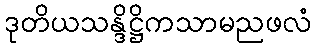
ဒုတိယသန္ဒိဋ္ဌိကသာမညဖလံ